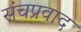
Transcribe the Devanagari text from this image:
संचप्रवाद